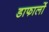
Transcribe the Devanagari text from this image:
डाफार्लो